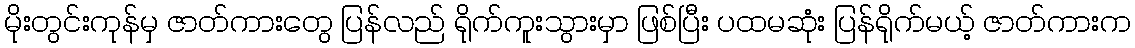
မိုးတွင်းကုန်မှ ဇာတ်ကားတွေ ပြန်လည် ရိုက်ကူးသွားမှာ ဖြစ်ပြီး ပထမဆုံး ပြန်ရိုက်မယ့် ဇာတ်ကားက